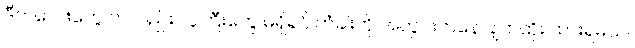
ဒီကလေးတွေ ကလည်း လူကြီးတွေ မရှိရင် တံခါးကို အတွင်းကနေ ချက်ထိုး ထားရမယ်။